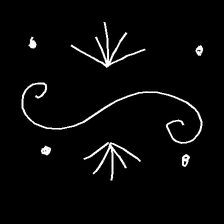
Glyph: aeroform